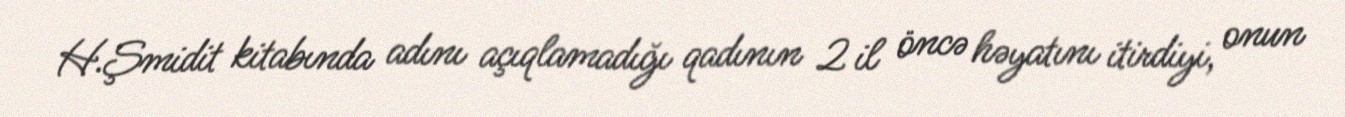
H.Şmidit kitabında adını açıqlamadığı qadının 2 il öncə həyatını itirdiyi, onun